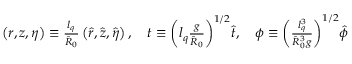
\begin{array} { r } { \left( r , z , \eta \right) \equiv \frac { l _ { q } } { \hat { R } _ { 0 } } \left( \hat { r } , \hat { z } , \hat { \eta } \right) , \quad t \equiv { \left( l _ { q } \frac { g } { \hat { R } _ { 0 } } \right) } ^ { 1 / 2 } \hat { t } , \quad \phi \equiv { \left( \frac { l _ { q } ^ { 3 } } { \hat { R } _ { 0 } ^ { 3 } g } \right) } ^ { 1 / 2 } \hat { \phi } } \end{array}